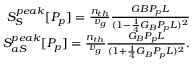
\begin{array} { r l r } & { } & { S _ { S } ^ { p e a k } [ P _ { p } ] = \frac { n _ { t h } } { v _ { g } } \frac { G B P _ { p } L } { ( 1 - \frac { 1 } { 4 } G _ { B } P _ { p } L ) ^ { 2 } } } \\ & { } & { S _ { a S } ^ { p e a k } [ P _ { p } ] = \frac { n _ { t h } } { v _ { g } } \frac { G _ { B } P _ { p } L } { ( 1 + \frac { 1 } { 4 } G _ { B } P _ { p } L ) ^ { 2 } } . } \end{array}